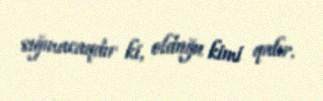
sığınacaqdır ki, olduğu kimi qalır.